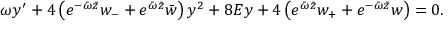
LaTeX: \omega y ^ { \prime } + 4 \left( e ^ { - \bar { \omega } \bar { z } } w _ { - } + e ^ { \bar { \omega } \bar { z } } \bar { w } \right) y ^ { 2 } + 8 E y + 4 \left( e ^ { \bar { \omega } \bar { z } } w _ { + } + e ^ { - \bar { \omega } \bar { z } } w \right) = 0 .